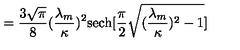
= \frac { 3 \sqrt { \pi } } { 8 } ( \frac { \lambda _ { m } } { \kappa } ) ^ { 2 } \mathrm { s e c h } [ \frac { \pi } { 2 } \sqrt { ( \frac { \lambda _ { m } } { \kappa } ) ^ { 2 } - 1 } ]